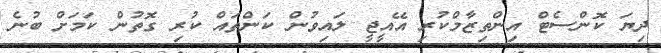
ދިޔަ ކޮންސެޓް އިންތިޒާމްކުރި އޭއީޖީ ލައިވުން ކަންތައް ކުރި ގޮތުން ކަމަށް ބުނެ